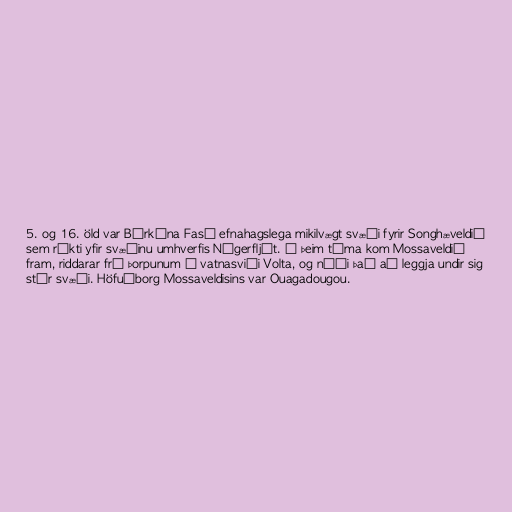
5. og 16. öld var Búrkína Fasó efnahagslega mikilvægt svæði fyrir Songhæveldið
sem ríkti yfir svæðinu umhverfis Nígerfljót. Á þeim tíma kom Mossaveldið
fram, riddarar frá þorpunum á vatnasviði Volta, og náði það að leggja undir sig
stór svæði. Höfuðborg Mossaveldisins var Ouagadougou.